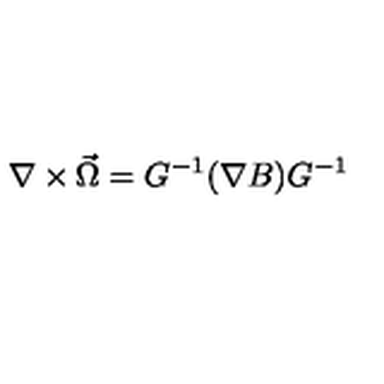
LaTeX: \nabla \times \vec { \Omega } = G ^ { - 1 } ( \nabla B ) G ^ { - 1 }